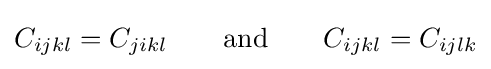
C_{ijkl}=C_{jikl}\qquad {\text{and}}\qquad C_{ijkl}=C_{ijlk}